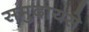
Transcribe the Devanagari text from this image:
समुदायसे